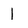
Character: 1